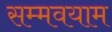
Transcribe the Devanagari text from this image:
सम्मवयाम